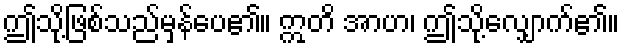
ဤသို့ဖြစ်သည်မှန်ပေ၏။ ဣတိ အာဟ၊ ဤသို့လျှောက်၏။